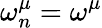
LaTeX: \omega_{n}^{\mu}=\omega^{\mu}